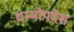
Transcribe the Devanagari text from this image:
धम्मोपदेश